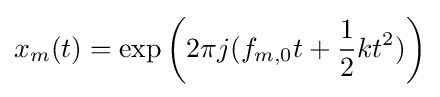
x_{m}(t)=\exp \left(2\pi j(f_{m,0}t+{\frac {1}{2}}kt^{2})\right)